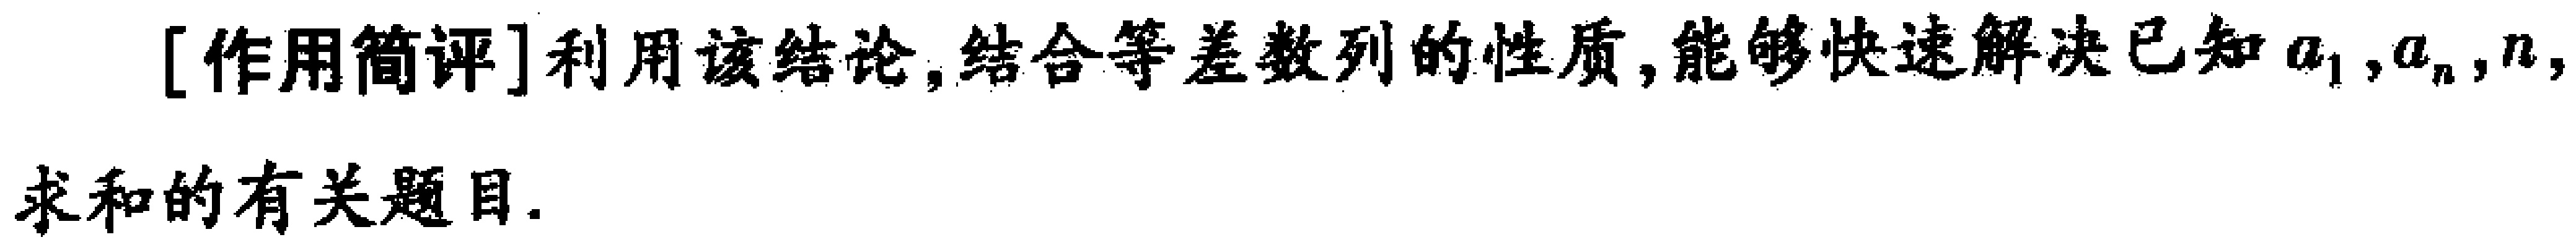
[作用简评]利用该结论,结合等差数列的性质,能够快速解决已知\(a_1,a_n,n\)求和的有关题目.